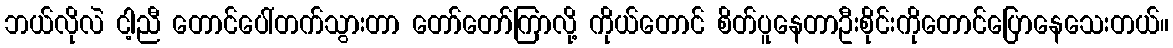
ဘယ်လိုလဲ ငါ့ညီ တောင်ပေါ်တက်သွားတာ တော်တော်ကြာလို့ ကိုယ်တောင် စိတ်ပူနေတာဦးစိုင်းကိုတောင်ပြောနေသေးတယ်။